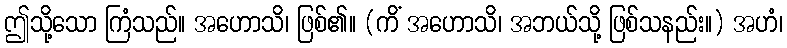
ဤသို့သော ကြံသည်။ အဟောသိ၊ ဖြစ်၏။ (ကိံ အဟောသိ၊ အဘယ်သို့ ဖြစ်သနည်း။) အဟံ၊